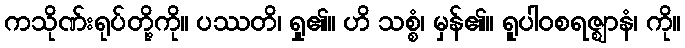
ကသိုဏ်းရုပ်တို့ကို။ ပဿတိ၊ ရှု၏။ ဟိ သစ္စံ၊ မှန်၏။ ရူပါဝစရဇ္ဈာနံ၊ ကို။